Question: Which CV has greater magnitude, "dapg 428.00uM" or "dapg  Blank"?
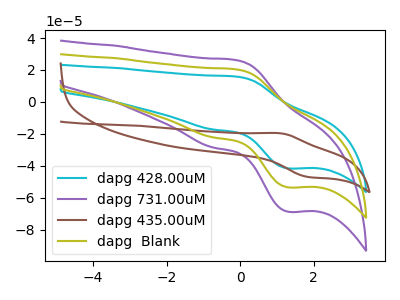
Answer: <think>The cyan curve "dapg 428.00uM" has an anodic peak at (-0.10V, 15.80uA) and a cathodic peak at (1.30V, -41.65uA). The purple curve "dapg 731.00uM" has an anodic peak at (-0.10V, 40.65uA) and a cathodic peak at (1.30V, -107.00uA). The brown curve "dapg 435.00uM" has an anodic peak at (1.10V, -19.65uA) and a cathodic peak at (1.85V, -46.95uA). The olive curve "dapg  Blank" has an anodic peak at (-0.10V, 20.30uA) and a cathodic peak at (1.30V, -53.50uA).
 All the peaks in "dapg 428.00uM" have a peak in "dapg  Blank" at the same potential. Every peak in "dapg 428.00uM" is lower than every peak in "dapg  Blank".</think>
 <answer>"dapg 428.00uM" has less signal than "dapg  Blank".</answer>
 <eval>less_signal</eval>